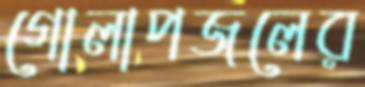
গোলাপজলের